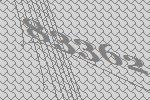
83362